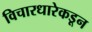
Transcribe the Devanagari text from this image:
विचारधारेकडून